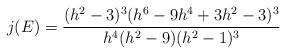
LaTeX: \begin{align*}j(E) = \dfrac{(h^2-3)^3 (h^6-9h^4 + 3h^2 - 3)^3}{h^4 (h^2-9)(h^2-1)^3}\end{align*}